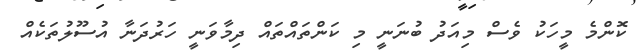
ކޮންމެ މީހަކު ވެސް މިއަދު ބުނަނީ މި ކަންތައްތައް ދިމާވަނީ ހަރުދަނާ އުސޫލުތަކެއް